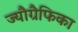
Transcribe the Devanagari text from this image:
ज्यौग्रैफिका